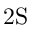
\mathrm { 2 S }